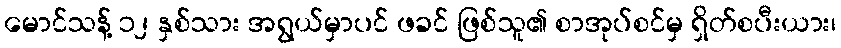
မောင်သန့် ၁၂ နှစ်သား အရွယ်မှာပင် ဖခင် ဖြစ်သူ၏ စာအုပ်စင်မှ ရှိတ်စပီးယား၊